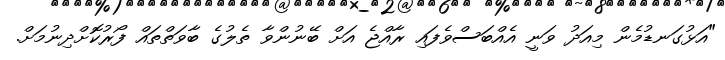
"އަޅުގަނޑުމެން މިއަދު ވަނީ އެއްބަސްވެފައި ރާއްޖެ އަށް ބޭނުންވާ ތެލުގެ ބާވަތްތައް ފޯރުކޮށްދިނުމަށް.